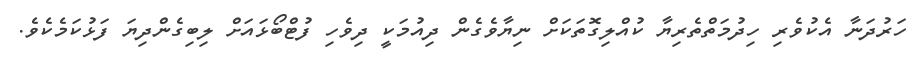
ހަރުދަނާ އެކުވެރި ހިދުމަތްތެރިޔާ ކުއްލިގޮތަކަށް ނިޔާވެގެން ދިއުމަކީ ދިވެހި ފުޓްބޯޅައަށް ލިބިގެންދިޔަ ފަޅުކަމެކެވެ.